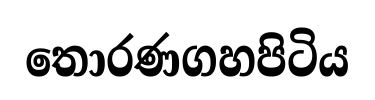
තොරණගහපිටිය